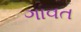
ગાવત